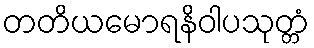
တတိယမောရနိဝါပသုတ္တံ